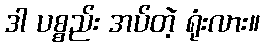
ဒါ ပစ္စည်း အပ်တဲ့ ရုံးလား။